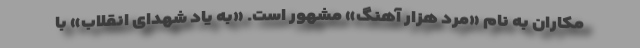
مکاران به نام «مرد هزار آهنگ» مشهور است. «به یاد شهدای انقلاب» با